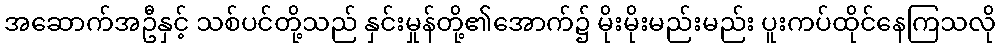
အဆောက်အဦနှင့် သစ်ပင်တို့သည် နှင်းမှုန်တို့၏အောက်၌ မိုးမိုးမည်းမည်း ပူးကပ်ထိုင်နေကြသလို